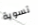
تسوية